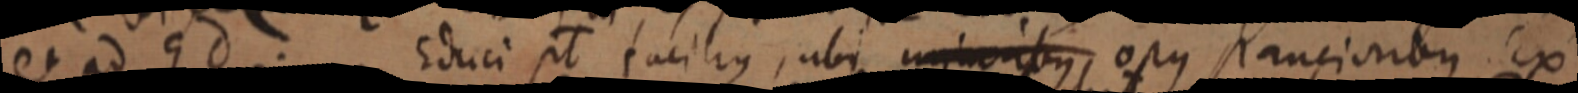
et ad Ed. Educi pt facilius, ubi unincibus, opus panciotibus ex